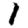
Digit: 1